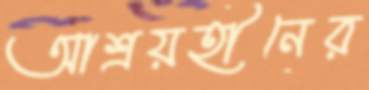
আশ্রয়হীনের